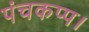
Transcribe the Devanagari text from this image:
पंचकप्प।